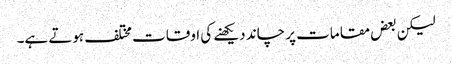
لیکن بعض مقامات پر چاند دیکھنے کی اوقات مختلف ہوتے ہے۔